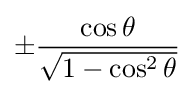
\pm {\frac {\cos \theta }{\sqrt {1-\cos ^{2}\theta }}}